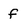
Character: f